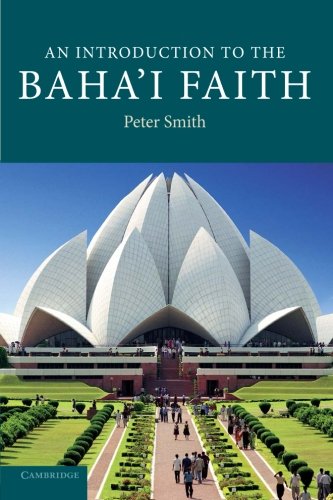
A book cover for An Introduction to the Baha'i Faith (Introduction to Religion); Peter Smith; Religion & Spirituality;